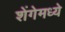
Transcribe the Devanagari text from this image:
शेंगेमध्ये